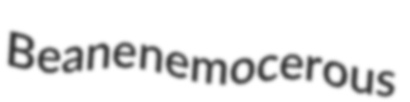
Beane nemocerous